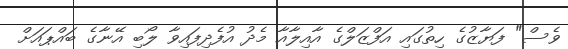
ވެސް" ފަޔާޒުގެ ހިތުގައި އަފްޒަލްގެ އާއިލާއާ މެދު އުފެދިފައިވާ ލޯބި އޭނާގެ ބައްޕައަށް